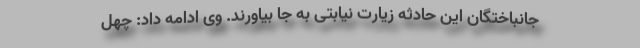
جانباختگان این حادثه زیارت نیابتی به جا بیاورند. وی ادامه داد: چهل